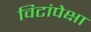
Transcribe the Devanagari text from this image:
विटांपेक्षा